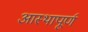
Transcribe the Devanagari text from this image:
आस्थापूर्ण